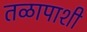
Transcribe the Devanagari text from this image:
तळापाशी